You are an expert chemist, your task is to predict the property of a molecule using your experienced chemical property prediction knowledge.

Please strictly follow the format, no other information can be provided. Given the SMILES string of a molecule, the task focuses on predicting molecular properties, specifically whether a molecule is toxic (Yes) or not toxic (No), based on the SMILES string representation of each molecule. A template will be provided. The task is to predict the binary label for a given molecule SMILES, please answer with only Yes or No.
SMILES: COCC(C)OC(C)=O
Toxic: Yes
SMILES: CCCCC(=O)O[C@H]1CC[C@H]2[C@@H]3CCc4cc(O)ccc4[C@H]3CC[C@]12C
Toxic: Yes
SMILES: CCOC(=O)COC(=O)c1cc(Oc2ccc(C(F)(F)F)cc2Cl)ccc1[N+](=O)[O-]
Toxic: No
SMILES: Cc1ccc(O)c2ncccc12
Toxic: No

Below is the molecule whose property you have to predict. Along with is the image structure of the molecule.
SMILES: CC(C)C1(C)N=C(c2nc3ccccc3cc2C(=O)O)NC1=O
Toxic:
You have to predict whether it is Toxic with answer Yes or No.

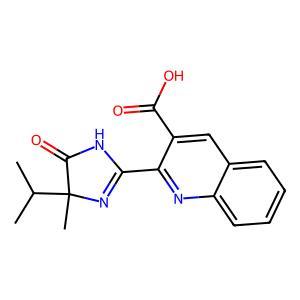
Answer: No